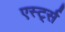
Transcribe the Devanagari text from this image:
एर्स्ट्स